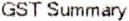
GST SUMMARY